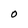
Character: O